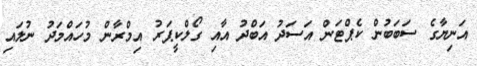
އަނިޔާގެ ސަބަބުން ކެޕްޓަން އަސަދު އަބްދު އާއި ގޯލްކީޕަރު އިމްރާން މުހައްމަދު ނުލައި